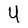
Character: U